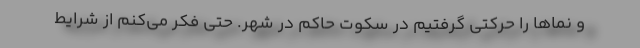
و نماها را حرکتی گرفتیم در سکوت حاکم در شهر. حتی فکر می‌کنم از شرایط